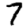
Digit: 7